Document type: Recognition
Year: 1437
Scribe: Pere Ponçgem
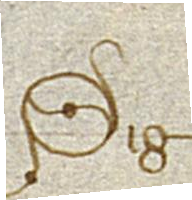
Sig